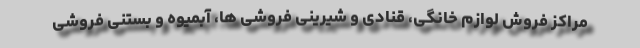
مراکز فروش لوازم خانگی، قنادی و شیرینی فروشی ها، آبمیوه و بستنی فروشی